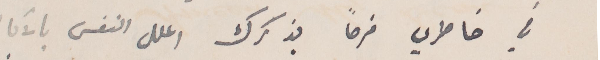
في خاطري فرحًا بذكرك اعلل النفس بالآمال